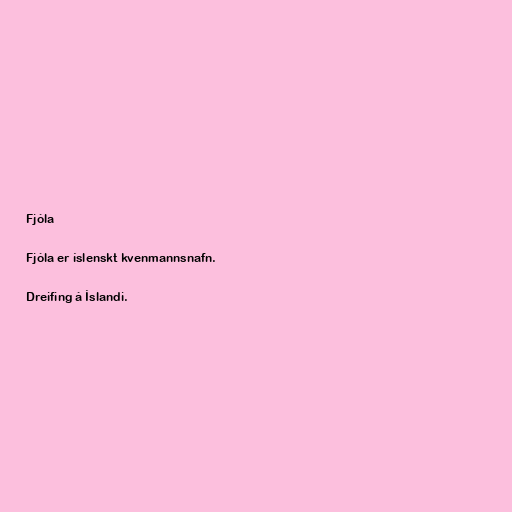
Fjóla

Fjóla er íslenskt kvenmannsnafn.

Dreifing á Íslandi.